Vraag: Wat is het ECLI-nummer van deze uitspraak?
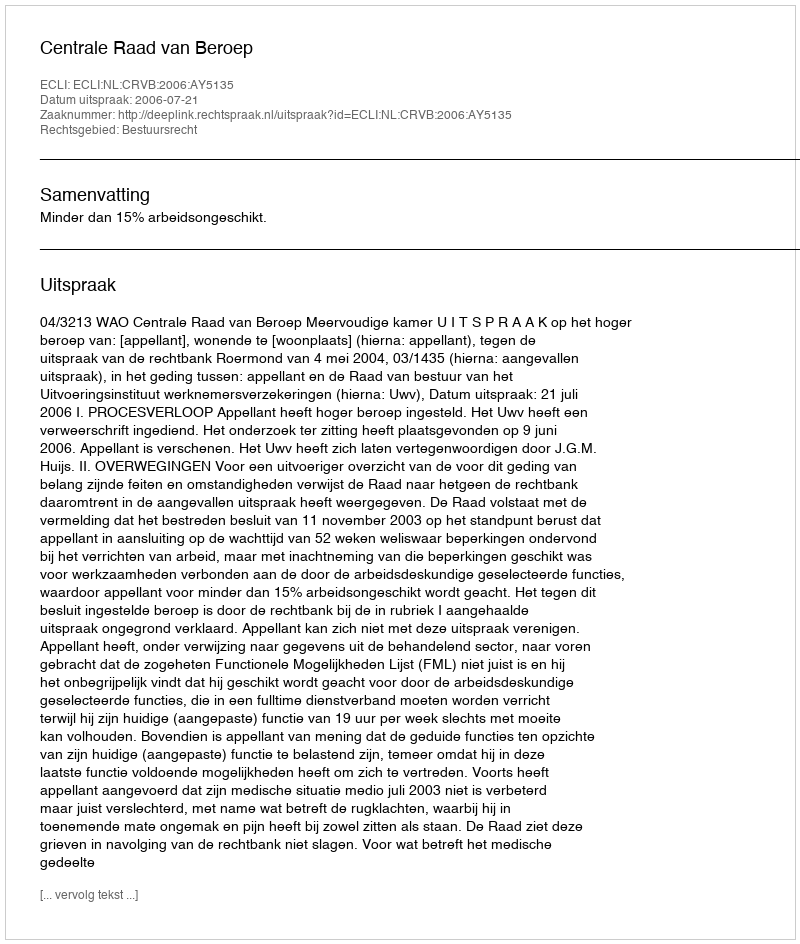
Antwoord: ECLI:NL:CRVB:2006:AY5135